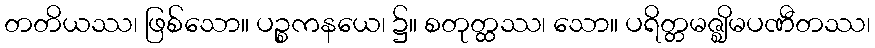
တတိယဿ၊ ဖြစ်သော။ ပဉ္စကနယေ၊ ၌။ စတုတ္ထဿ၊ သော။ ပရိတ္တမဇ္ဈိမပဏီတဿ၊